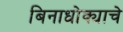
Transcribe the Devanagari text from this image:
बिनाधोक्याचे